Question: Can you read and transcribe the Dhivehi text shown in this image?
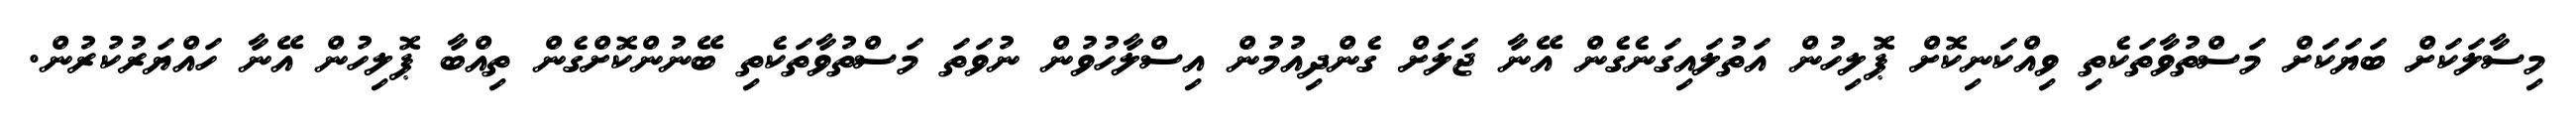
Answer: މިސާލަކަށް ބަޔަކަށް މަސްތުވާތަކެތި ވިއްކަނިކޮށް ޕޮލިހުން އަތުލައިގަނެގެން އޭނާ ޖަލަށް ގެންދިއުމުން އިސްލާހުވުން ނުވަތަ މަސްތުވާތަކެތި ބޭނުންކޮށްގެން ތިއްބާ ޕޮލިހުން އޭނާ ހައްޔަރުކުރުން.